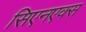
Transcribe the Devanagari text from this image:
सिएनएक्स